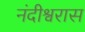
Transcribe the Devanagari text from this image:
नंदीश्वरास